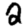
Digit: 2